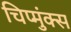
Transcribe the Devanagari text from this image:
चिप्मुंक्स